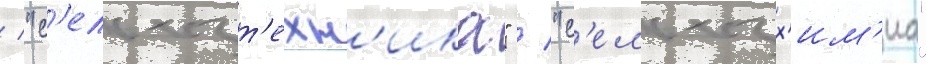
/ "с'ельхозт'ехн'ика" / "с'ельхозх'им'иа"